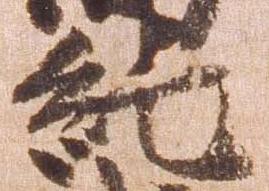
純